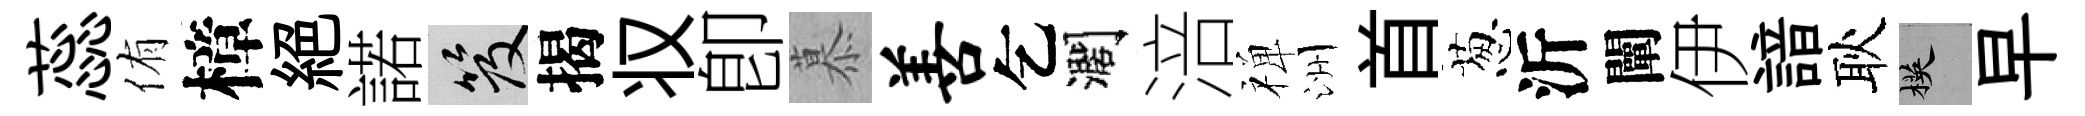
蕊侑樟絶諾笈揭𠬧卽慕善乞濶涪禅洲首葱沂闡伊諳耿楧早